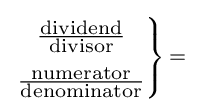
\scriptstyle \left.{\begin{matrix}\scriptstyle {\frac {\scriptstyle {\text{dividend}}}{\scriptstyle {\text{divisor}}}}\\[1ex]\scriptstyle {\frac {\scriptstyle {\text{numerator}}}{\scriptstyle {\text{denominator}}}}\end{matrix}}\right\}\,=